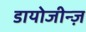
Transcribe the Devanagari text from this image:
डायोजीन्ज़